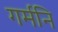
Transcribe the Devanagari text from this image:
गर्मनि